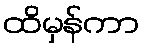
ထိမှန်ကာ